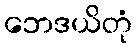
ဘေဒယိတုံ